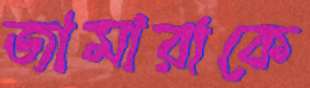
জামারাকে